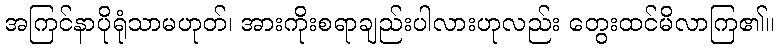
အကြင်နာပိုရုံသာမဟုတ်၊ အားကိုးစရာချည်းပါလားဟုလည်း တွေးထင်မိလာကြ၏။